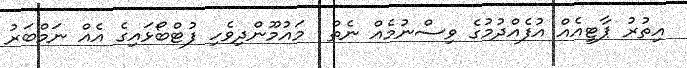
އިތުރު ޕާޓީއެއް އުފެއްދުމުގެ ވިސްނުމެއް ނެތް  މައުމޫންދިވެހި ފުޓްބޯޅައިގެ އެއް ނަމްބަރު